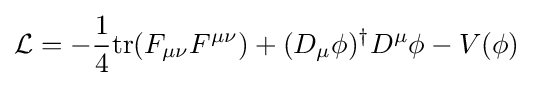
{\mathcal {L}}=-{\frac {1}{4}}{\text{tr}}(F_{\mu \nu }F^{\mu \nu })+(D_{\mu }\phi )^{\dagger }D^{\mu }\phi -V(\phi )